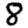
Digit: 8